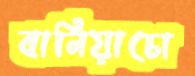
বানিয়াচো